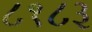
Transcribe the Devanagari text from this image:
८१८३